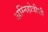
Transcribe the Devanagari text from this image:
अग्निहोत्रीशी